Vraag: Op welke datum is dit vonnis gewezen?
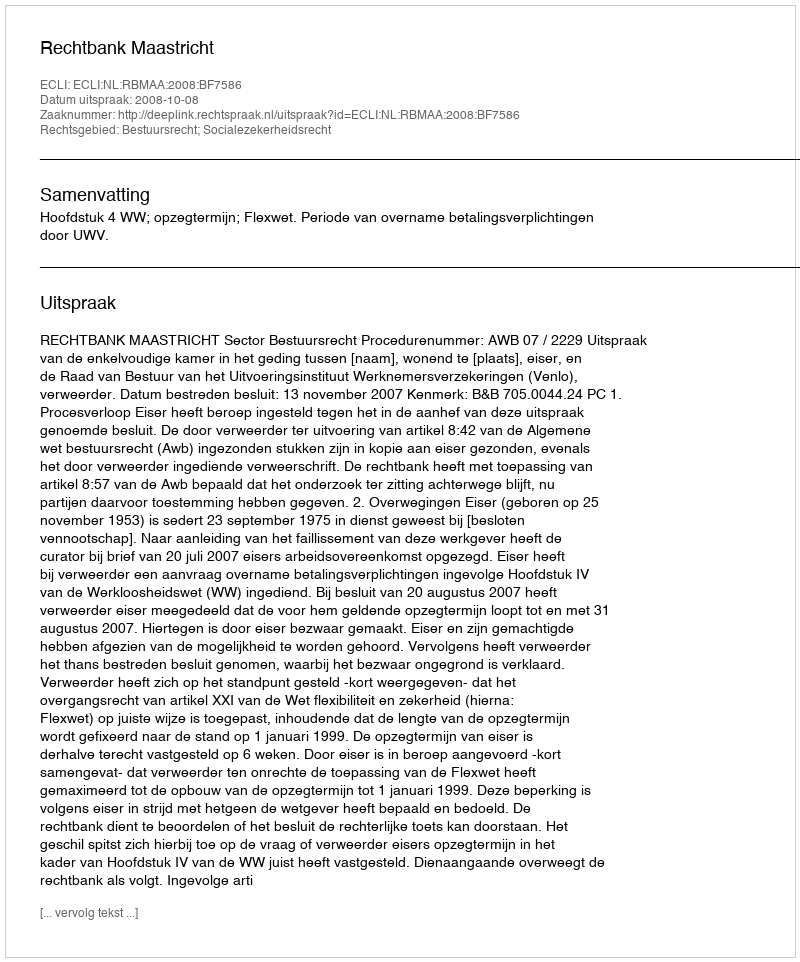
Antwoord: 2008-10-08